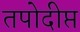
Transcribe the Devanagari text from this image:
तपोदीप्त